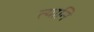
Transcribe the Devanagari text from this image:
त्यानि